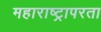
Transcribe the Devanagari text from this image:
महाराष्ट्रापरता